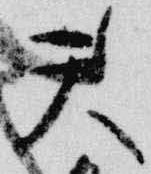
天